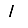
Digit: 1